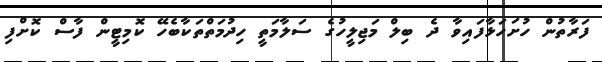
ފަރާތުން ހުށަހަޅާފައިވާ ދެ ބިލް މަޖިލީހުގެ ސަލާމަތީ ހިދުމަތްތަކާބެހޭ ކޮމިޓީން ފާސް ކޮށްފި